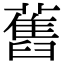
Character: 舊